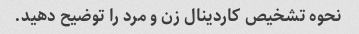
نحوه تشخیص کاردینال زن و مرد را توضیح دهید.